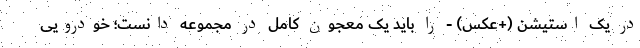
در یک استیشن (+عکس) - را باید یک معجون کامل در مجموعه دانست؛ خودرویی